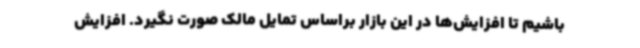
باشیم تا افزایش‌ها در این بازار براساس تمایل مالک صورت نگیرد. افزایش